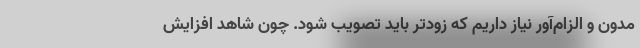
مدون و الزام‌آور نیاز داریم که زودتر باید تصویب شود. چون شاهد افزایش